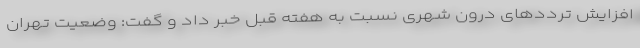
افزایش ترددهای درون شهری نسبت به هفته قبل خبر داد و گفت: وضعیت تهران